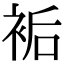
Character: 𧙺